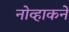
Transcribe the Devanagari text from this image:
नोव्हाकने